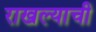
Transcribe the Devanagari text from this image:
राखल्याची